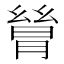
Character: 𬂋